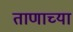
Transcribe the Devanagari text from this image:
ताणाच्या